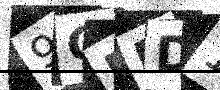
Text: 9GEPD1